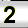
Digit: 2